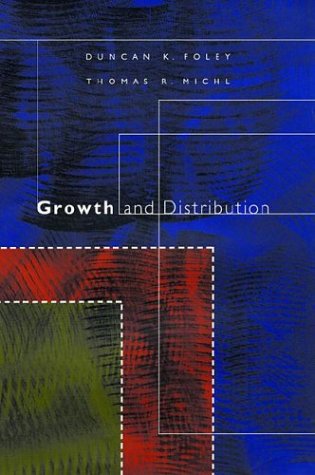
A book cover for Growth and Distribution; Duncan K. Foley; Business & Money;